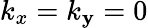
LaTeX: k_{x}=k_{\mathbf{y}}=0